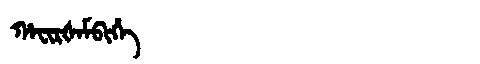
Manchu: ᡥᠠᠸᡳᡵᡧᠠᠮᠪᡳᡥᡝ
Romanization: HAFIRŠAMBIHE